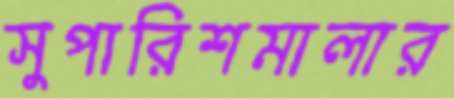
সুপারিশমালার